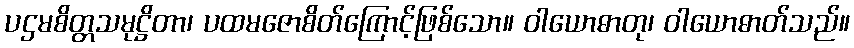
ပဌမစိတ္တသမုဋ္ဌိတာ၊ ပထမဇောစိတ်ကြောင့်ဖြစ်သော။ ဝါယောဓာတု၊ ဝါယောဓာတ်သည်။